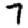
Digit: 7